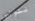
لتولي